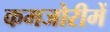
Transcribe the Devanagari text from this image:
कमजोरीमें